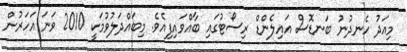
މިއަދު ހެނދުނު ބަނޑޮސް އައިލެންޑް ރިސޯޓުގައި ބާއްވައިފިއެވެ. މިބައްދަލުވުމަކީ 2010 ވަނަ އަހަރުން